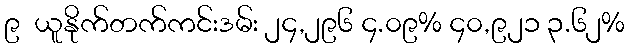
၉  ယူနိုက်တက်ကင်းဒမ်း ၂၄,၂၉၆ ၄.၀၉% ၄၀,၉၂၁ ၃.၆၂%